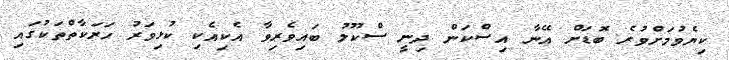
ކިޔެވުމަށްވުރެ ބޮޑަށް އޭނާ އިސްކަން ދިނީ ސްކޫލު ބައިވެރިވާ އެކިއެކި ކުޅިވަރު ހަރަކާތްތަކުގައި